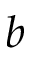
b